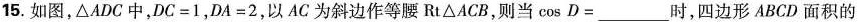
15.如图，中, \triangle ACB中，$$DC=1$$，$$DA=2$$，以AC为斜边作等腰Rt \triangle ACB，则当$$\cos D= ___$$时，四边形ABCD面积的